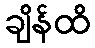
ချိန်ထိ